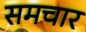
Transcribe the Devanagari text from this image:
समचार